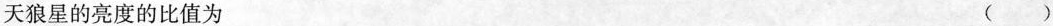
天狼星的亮度的比值为 （）